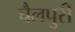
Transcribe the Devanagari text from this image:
चैलपुरी